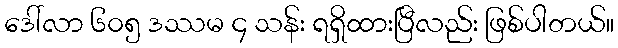
ဒေါ်လာ ၆၀၅ ဒဿမ ၄ သန်း ရရှိထားပြီလည်း ဖြစ်ပါတယ်။